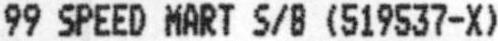
99 SPEED MART S/B (519537-X)